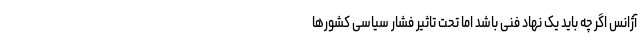
آژانس اگر چه باید یک نهاد فنی باشد اما تحت تاثیر فشار سیاسی کشورها